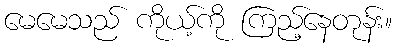
မေမေသည် ကိုယ့်ကို ကြည့်နေတုန်း။